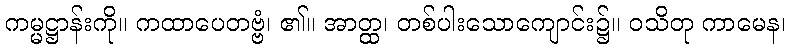
ကမ္မဋ္ဌာန်းကို။ ကထာပေတဗ္ဗံ၊ ၏။ အာတ္ထ၊ တစ်ပါးသောကျောင်း၌။ ဝသိတု ကာမေန၊